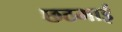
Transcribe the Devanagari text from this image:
छठमाई